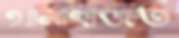
থানাহাজত